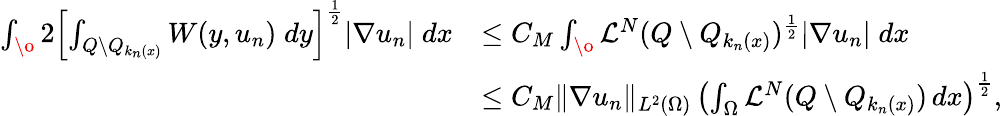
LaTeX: \begin{array}{rl}{\int_{\o}{2\left[\int_{Q\setminus Q_{k_{n}(x)}}W(y,u_{n})\; dy\right]^{\frac{1}{2}}|\nabla u_{n}|\; dx}}&{\leq C_{M}\int_{\o}{\mathcal{L}^{N}(Q\setminus Q_{k_{n}(x)})^{\frac{1}{2}}|\nabla u_{n}|\; dx}}\\ &{\leq C_{M}\| \nabla u_{n}\| _{L^{2}(\Omega)}\, \left(\int_{\Omega}\mathcal{L}^{N}(Q\setminus Q_{k_{n}(x)})\, dx\right)^{\frac{1}{2}},}\end{array}